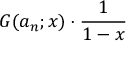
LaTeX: G ( a _ { n } ; x ) \cdot { \frac { 1 } { 1 - x } }